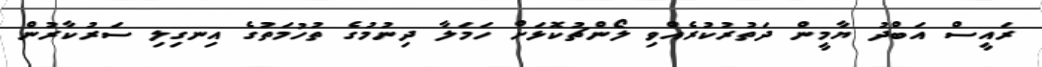
ރައީސް އަބްދު ޔާމީން ދަތުރުކުރެއްވި ލޯންޗުކޮޅަށް ހަމަލާ ދިނުމުގެ ތުހުމަތުގެ އިނގިލި ސަރުކާރުން